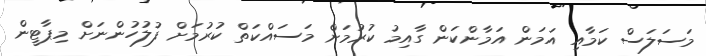
މަސަލަސް ކަމާއި އަމަން އަމާންކަން ގާއިމު ކުރުމަށް މަސައްކަތް ކުރުމަށް ފުލުހުންނަށް މިޕާޓީން